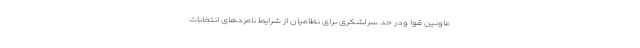
عاونین قوا ودر حد سرلشکری برای نظامیان از شرایط نامزدهای انتخابات